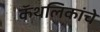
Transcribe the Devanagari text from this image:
कॅथलिकांचे